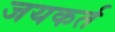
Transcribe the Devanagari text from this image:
जयकर्त